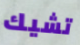
تشيك